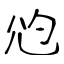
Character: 尦